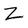
Character: Z